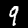
Digit: 9